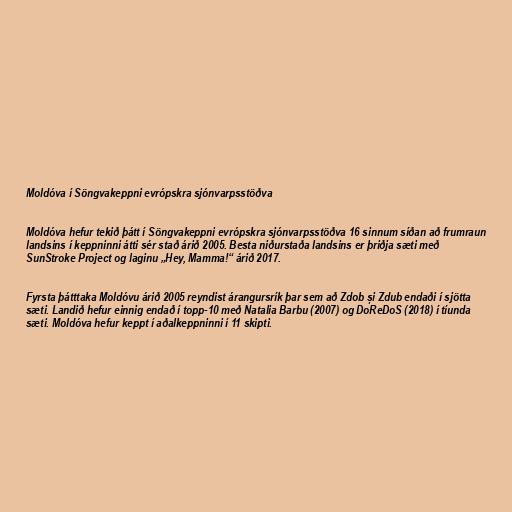
Moldóva í Söngvakeppni evrópskra sjónvarpsstöðva

Moldóva hefur tekið þátt í Söngvakeppni evrópskra sjónvarpsstöðva 16 sinnum síðan að frumraun
landsins í keppninni átti sér stað árið 2005. Besta niðurstaða landsins er þriðja sæti með
SunStroke Project og laginu „Hey, Mamma!“ árið 2017.

Fyrsta þátttaka Moldóvu árið 2005 reyndist árangursrík þar sem að Zdob și Zdub endaði í sjötta
sæti. Landið hefur einnig endað í topp-10 með Natalia Barbu (2007) og DoReDoS (2018) í tíunda
sæti. Moldóva hefur keppt í aðalkeppninni í 11 skipti.